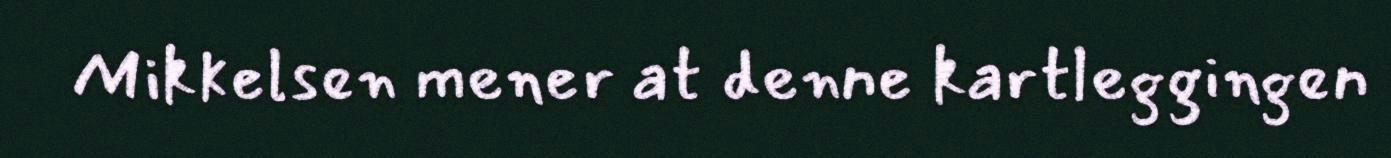
Mikkelsen mener at denne kartleggingen